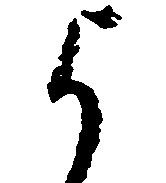
よ